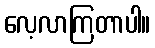
လေ့လာကြတာပါ။